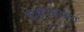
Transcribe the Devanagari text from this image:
फेकण्याच्या